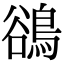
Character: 鵒